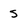
Character: s